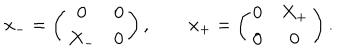
LaTeX: x _ { - } = \left( \begin{array} { c c } { { 0 } } & { { 0 } } \\ { { X _ { - } } } & { { 0 } } \\ \end{array} \right) , \qquad x _ { + } = \left( \begin{array} { c c } { { 0 } } & { { X _ { + } } } \\ { { 0 } } & { { 0 } } \\ \end{array} \right) .